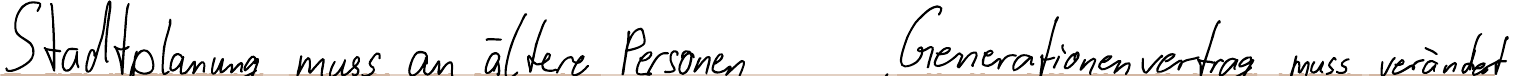
Stadtplanung muss an ältere Personen   Generationenvertrag muss verändert